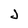
Character: J